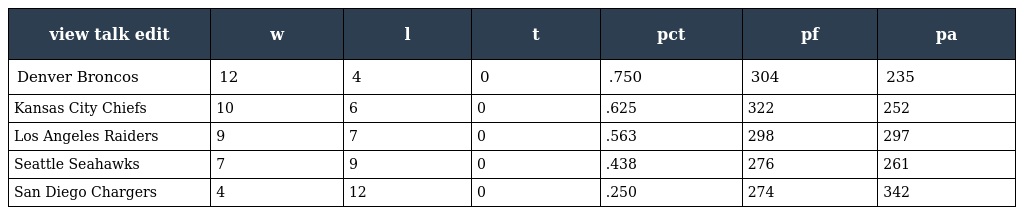
| view talk edit | w | l | t | pct | pf | pa |
 | --- | --- | --- | --- | --- | --- | --- |
 | Denver Broncos | 12 | 4 | 0 | .750 | 304 | 235 |
 | Kansas City Chiefs | 10 | 6 | 0 | .625 | 322 | 252 |
 | Los Angeles Raiders | 9 | 7 | 0 | .563 | 298 | 297 |
 | Seattle Seahawks | 7 | 9 | 0 | .438 | 276 | 261 |
 | San Diego Chargers | 4 | 12 | 0 | .250 | 274 | 342 |